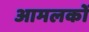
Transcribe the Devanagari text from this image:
आमलकों